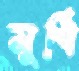
মুর্গি